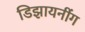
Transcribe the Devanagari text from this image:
डिझायनींग